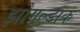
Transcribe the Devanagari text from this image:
झोगुल्डाक